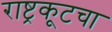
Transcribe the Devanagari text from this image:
राष्ट्रकूटचा